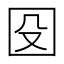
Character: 𡇀